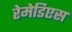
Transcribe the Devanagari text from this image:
रेमेडिएस